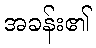
အခန်း၏